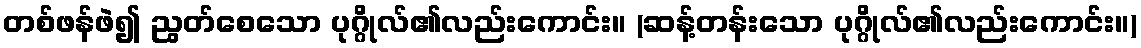
တစ်ဖန်ဖဲ၍ ညွတ်စေသော ပုဂ္ဂိုလ်၏လည်းကောင်း။ (ဆန့်တန်းသော ပုဂ္ဂိုလ်၏လည်းကောင်း။)